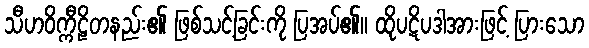
သီဟဝိက္ကီဠိတနည်း၏ ဖြစ်သင့်ခြင်းကို ပြအပ်၏။ ထိုပဋိပဒါအားဖြင့် ပြားသော